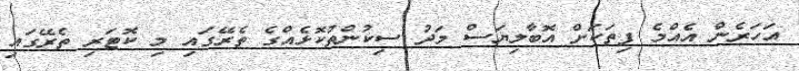
އަހަރެން އެއްމެ ފިތަކަށް އޮބާލިޔަސް މަދު ސިކުންތުކޮޅެއްގެ ތެރޭގައި މި ކޮޓަރި ތެރޭގައި